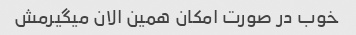
خوب در صورت امکان همین الان میگیرمش